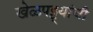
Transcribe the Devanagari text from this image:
खेळपट्ट्यांची